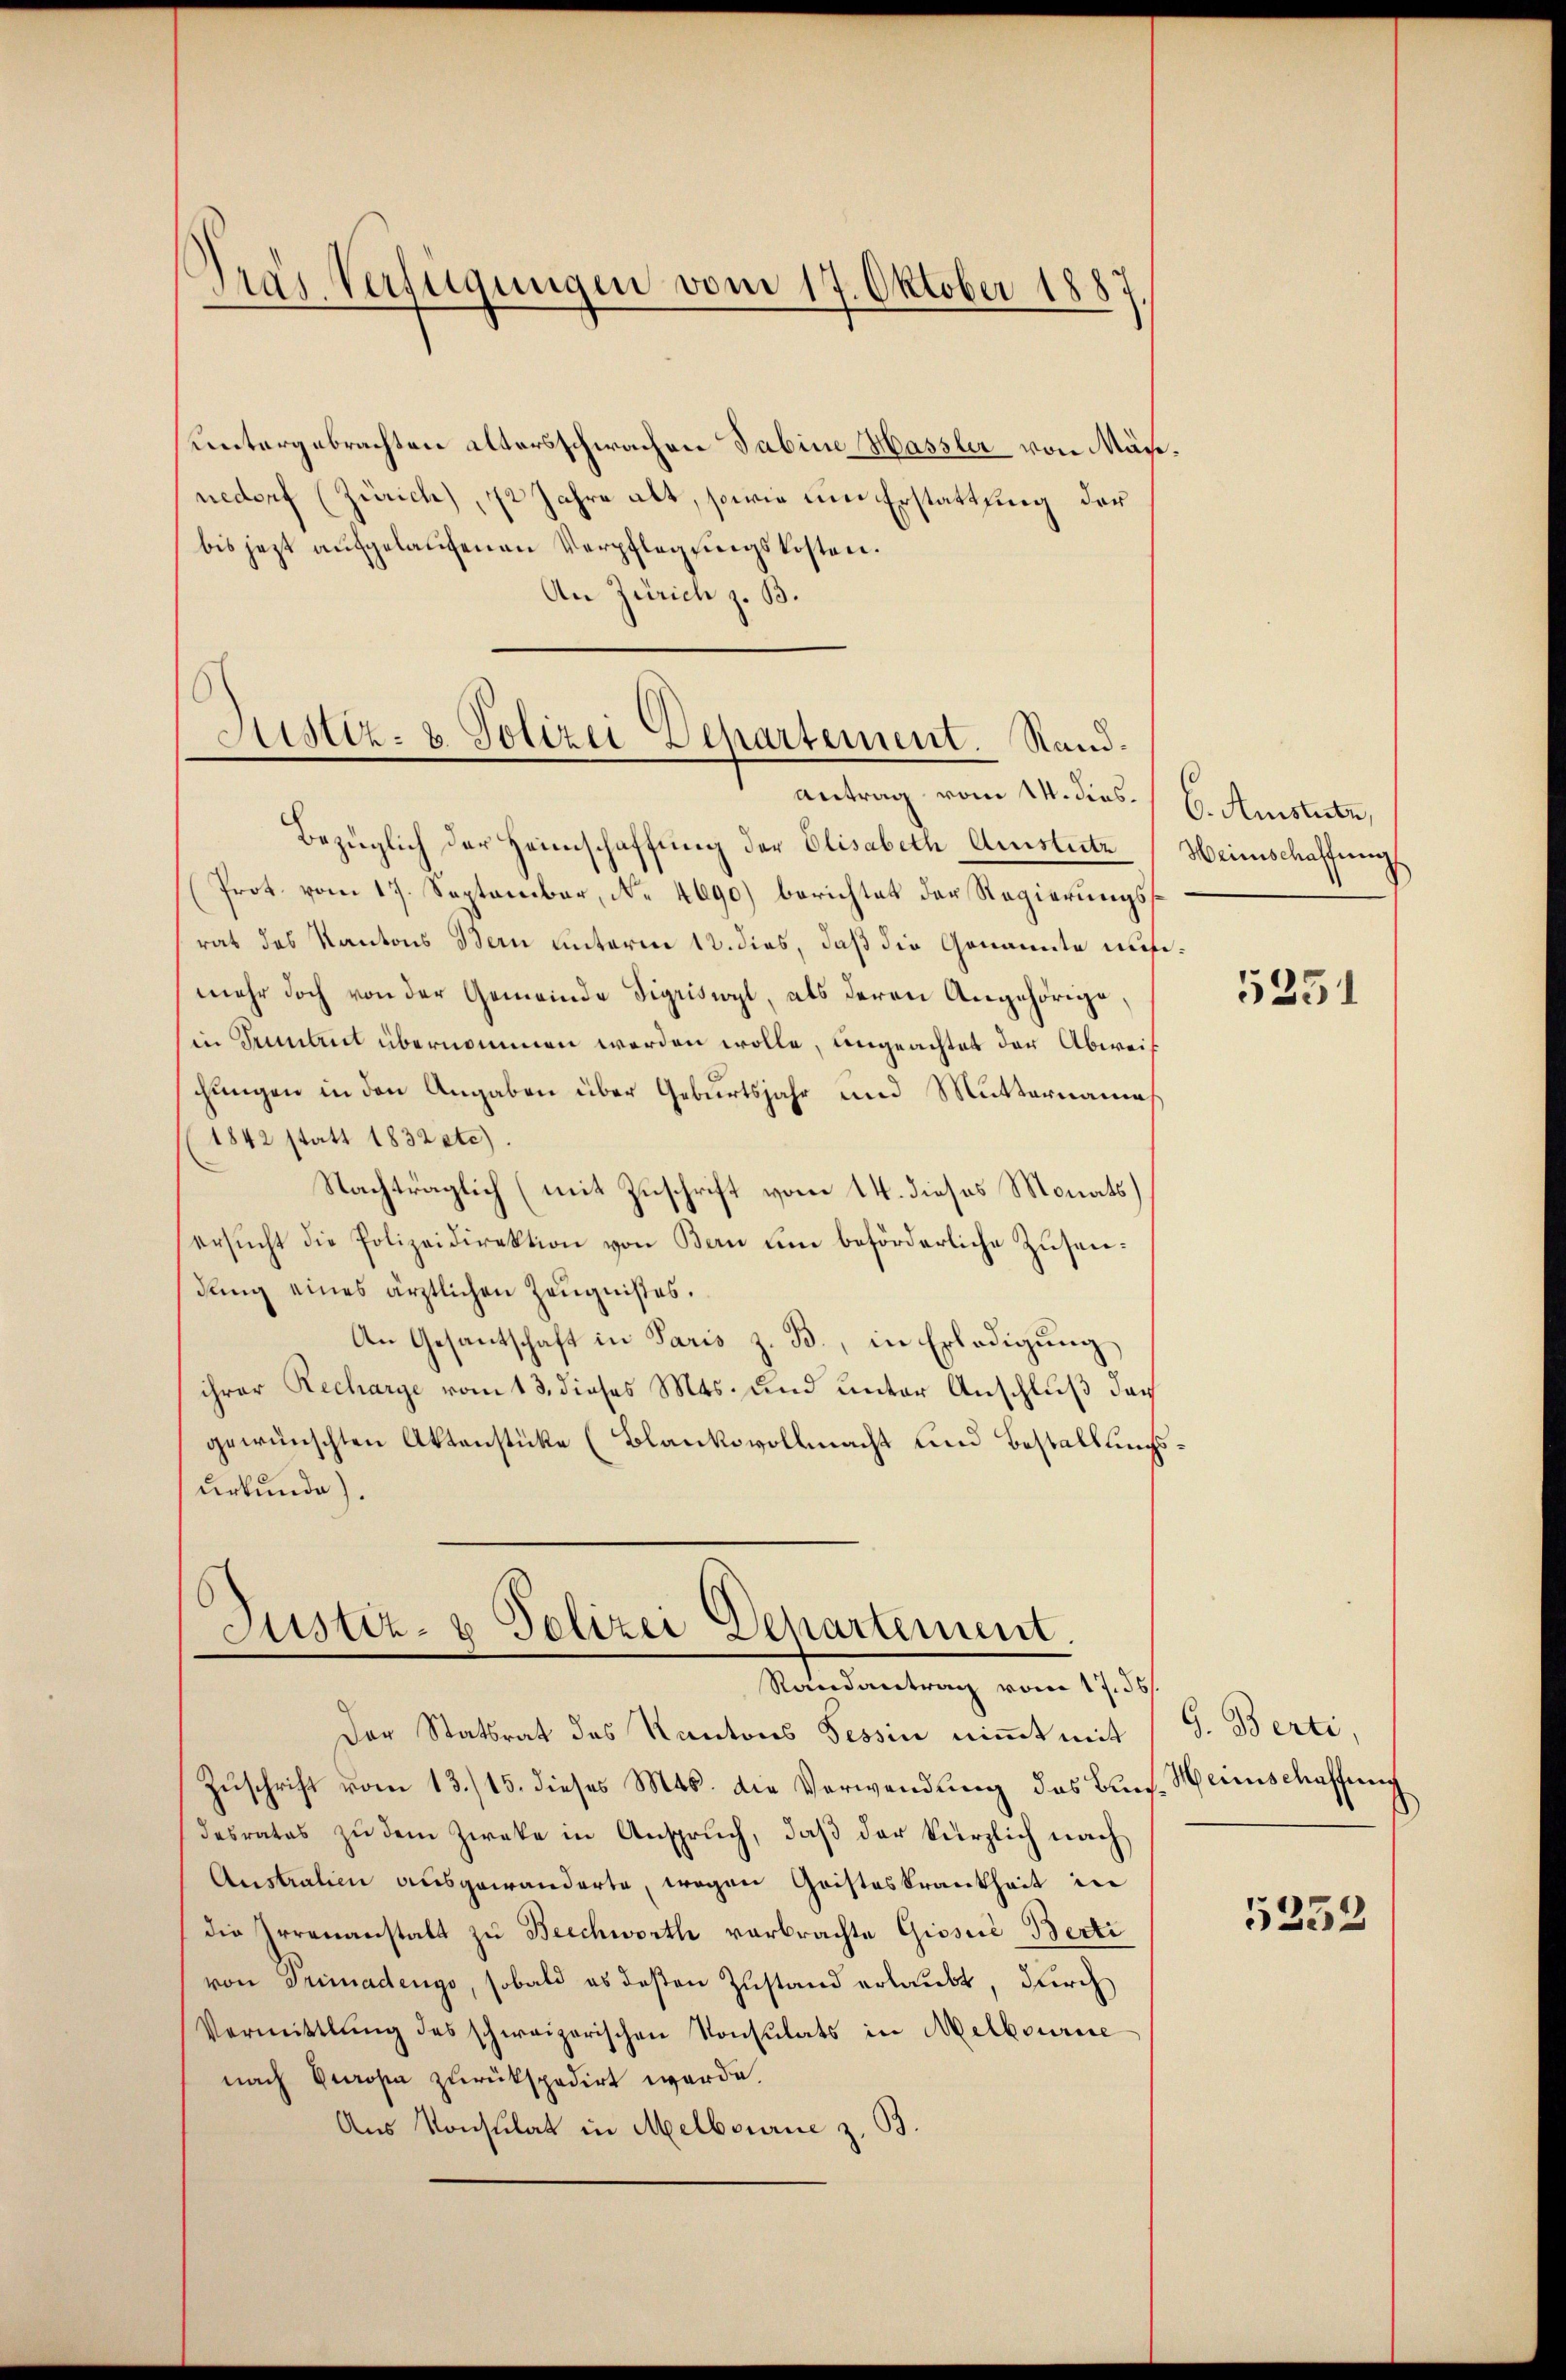
Tras Verfügungen vom 17. Oktober 1887.

untergebrachten altersschwachen Sabine Hassler von Mäcnedorf (Zürich), 12 Jahre alt, sowie um Erstattung der
bis jezt aufgelaufenen Verpflegungskosten.
An Zürich z. B.

Justiz- & Polizei Departement. Rand¬
Antrag vom 14. dies C. Amistete,

Bezüglich der Heimschaffung der Elisabeth Austritz Heimschaffung
Prot. vom 17. September, No. 4690) berichtet der Regierungsrat das Kantons Bern unterm 12. dies, daß die Genannte auf:
mehr doch von der Gemeinde Sigriswyl, als deren Angehörige
in Tumbaut übernommen werden wolle, ungeachtet der Abweis
chungen in den Angaben über Geburtsjahr und Mutternames
1842 statt 1832 etc).
Nachträglich (mit Zuschrift vom 14. dieses Monats)
ersucht die Polizeidirektion von Bern um beförderliche Zusendung eines ärztlichen Zeugnises.
An Gesantschaft in Paris z. B., in Erledigung
ihrer Recharge vom 13. dieses Mts. und unter Anschluß das
gewünschten Aktenstücke (Blankovollmacht und Bestallungsurkunde).

Justiz- & Polizei Departement.
Randantrag vom 17. 36.

Der Statsrat des Kantons Tessin nimmt mit
Zuschrift vom 13./15. dieses Mts. die Verwendung des Bundesrates zu dem Zweke in Anspruch, daβ der kürzlich nach
Austration ausgewanderte, wegen Geisteskrankheit in
die Irrenanstalt zu Beschworth vorbrachte Giosiié-Berti
von Primadengo, sobald es deßen Zustand erlaubt, durch
Vermittlung des schweizerischen Konsulats in Melbourse
nach Propa zurückspedirt werde,
Aus Konsulat in Melbourie z. B.

5251

G. Berti,
Heinschaffung
5252